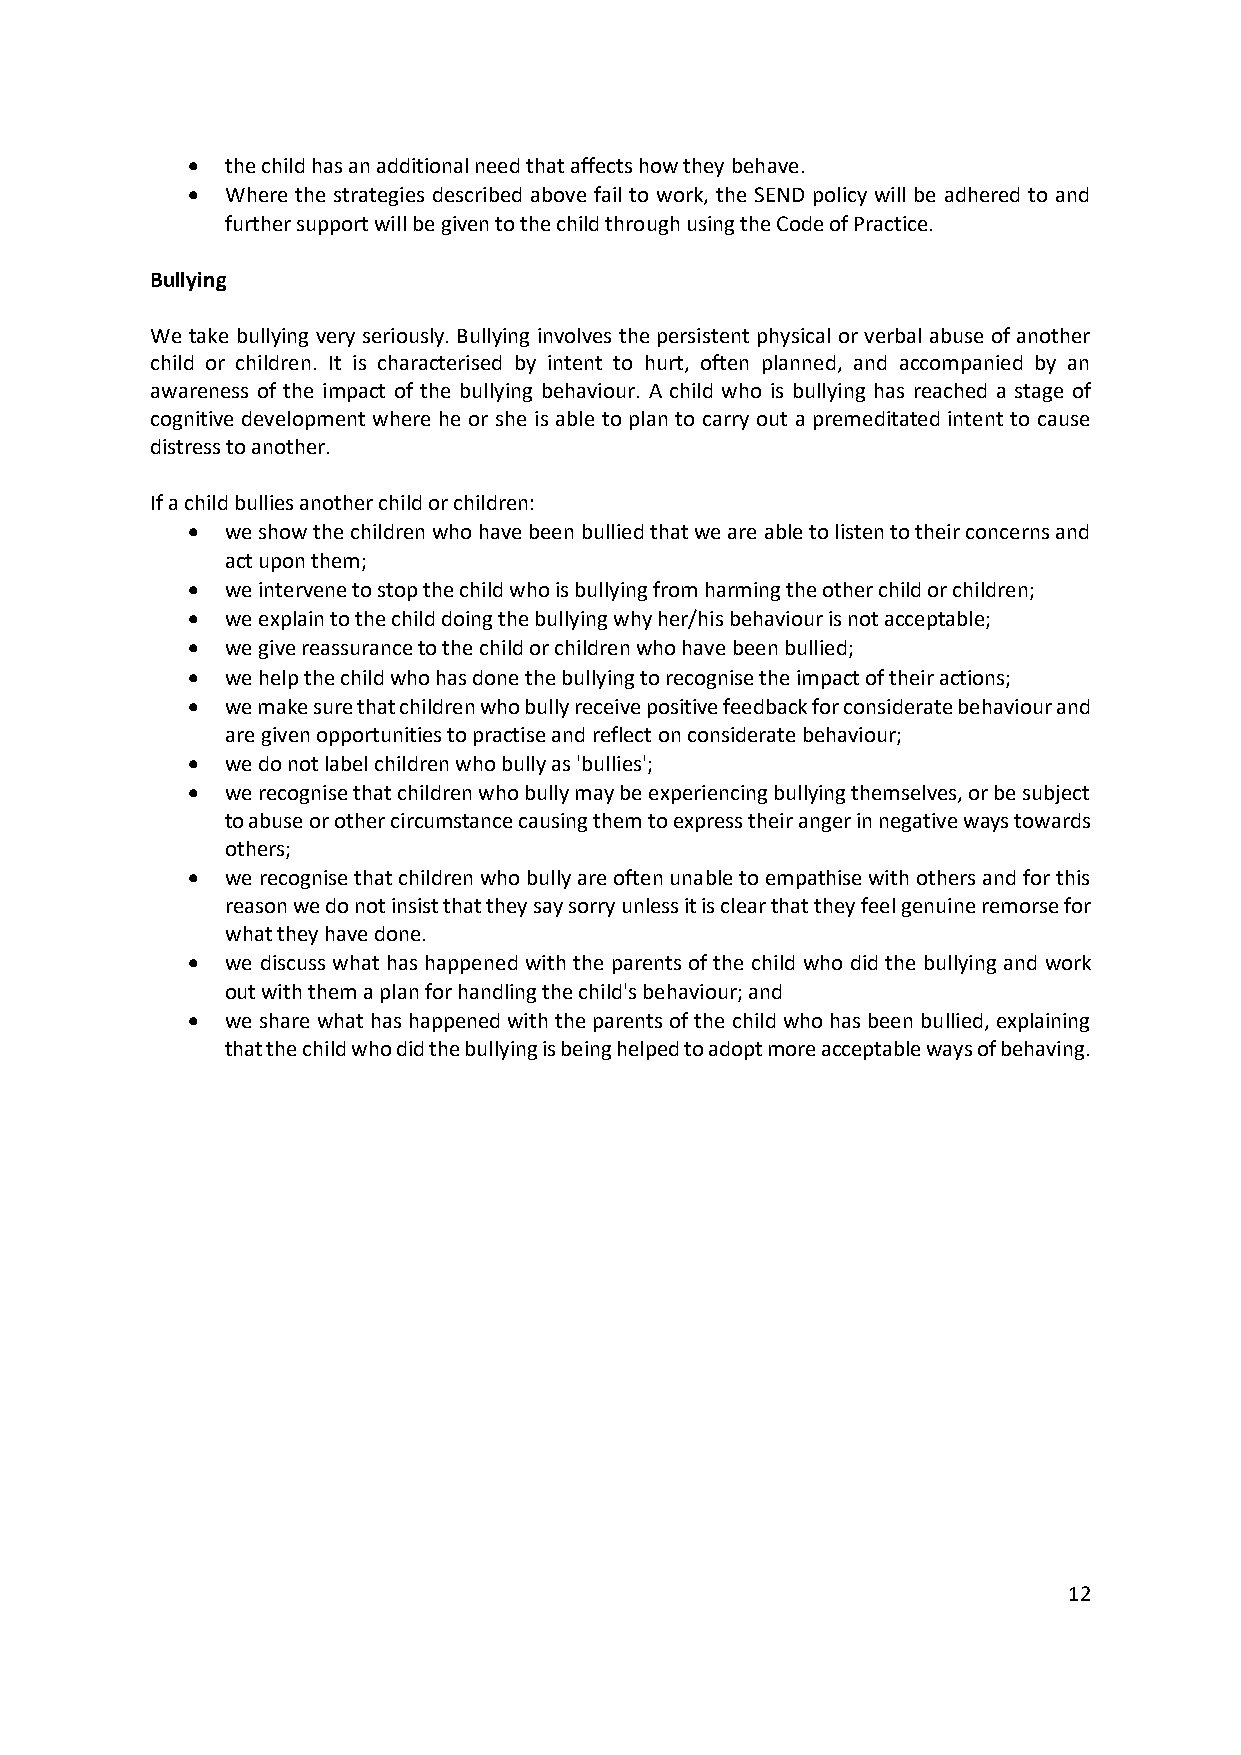
•  the child has an additional need that affects how they behave.
 •  Where the strategies described above fail to work, the SEND policy will be adhered to and
 further support will be given to the child through using the Code of Practice.
 Bullying
 We take bullying very seriously. Bullying involves the persistent physical or verbal abuse of another
 child or children. It is characterised by intent to hurt, often planned, and accompanied by an
 awareness of the impact of the bullying behaviour. A child who is bullying has reached a stage of
 cognitive development where he or she is able to plan to carry out a premeditated intent to cause
 distress to another.
 If a child bullies another child or children:
 •  we show the children who have been bullied that we are able to listen to their concerns and
 act upon them;
 •  we intervene to stop the child who is bullying from harming the other child or children;
 •  we explain to the child doing the bullying why her/his behaviour is not acceptable;
 •  we give reassurance to the child or children who have been bullied;
 •  we help the child who has done the bullying to recognise the impact of their actions;
 •  we make sure that children who bully receive positive feedback for considerate behaviour and
 are given opportunities to practise and reflect on considerate behaviour;
 •  we do not label children who bully as 'bullies';
 •  we recognise that children who bully may be experiencing bullying themselves, or be subject
 to abuse or other circumstance causing them to express their anger in negative ways towards
 others;
 •  we recognise that children who bully are often unable to empathise with others and for this
 reason we do not insist that they say sorry unless it is clear that they feel genuine remorse for
 what they have done.
 •  we discuss what has happened with the parents of the child who did the bullying and work
 out with them a plan for handling the child's behaviour; and
 •  we share what has happened with the parents of the child who has been bullied, explaining
 that the child who did the bullying is being helped to adopt more acceptable ways of behaving.
 12